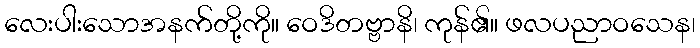
လေးပါးသောအနက်တို့ကို။ ဝေဒိတဗ္ဗာနိ၊ ကုန်၏။ ဖလပညာဝသေန၊